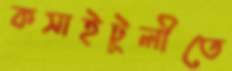
কসাইটুলীতে